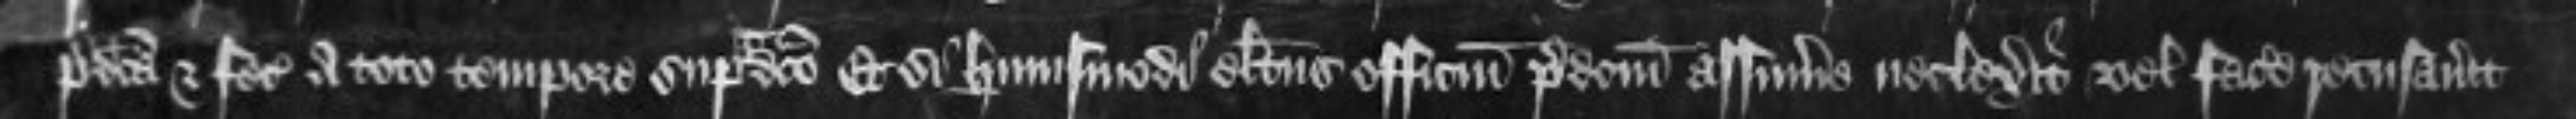
predicta et fecisset a toto tempore supradicto Et si huiusmodi electus officium predictum assumere neclexerit vel facere recusaverit